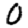
Digit: 0